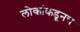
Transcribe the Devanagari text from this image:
लोकांकडूनच